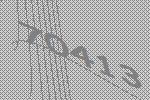
70413